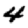
Digit: 4